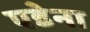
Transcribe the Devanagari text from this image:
एडेना